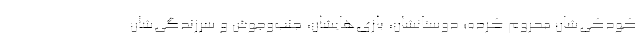
کودکی‌شان محروم کرده؛ دوستانشان، بازی‌هایشان، جنب‌و‌جوش و سرزندگی‌شان